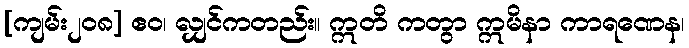
[ကျမ်း၂၀၈] ဧဝ၊ လျှင်ကတည်း။ ဣတိ ကတွာ ဣမိနာ ကာရဏေန၊